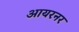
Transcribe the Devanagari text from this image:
आयरनर